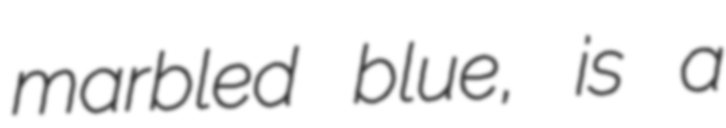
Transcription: marbled blue, is a